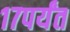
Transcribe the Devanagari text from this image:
१७पर्यंत